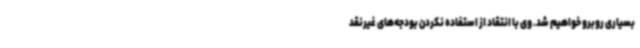
بسیاری روبرو خواهیم شد. وی با انتقاد از استفاده نکردن بودجه‌های غیرنقد